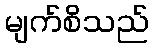
မျက်စိသည်